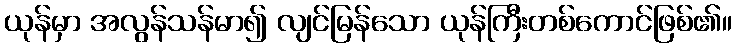
ယုန်မှာ အလွန်သန်မာ၍ လျင်မြန်သော ယုန်ကြီးတစ်ကောင်ဖြစ်၏။